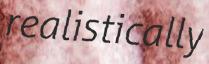
realistically